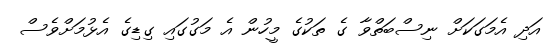
އަދި އެމަގަކަށް ނިސްބަތްވާ ގެ ތަކުގެ މީހުން އެ މަގުގައި ގިޑިގެ އެޅުމަށްވެސް